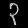
Digit: ၃